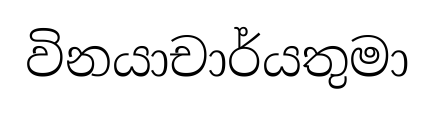
විනයාචාර්යතුමා